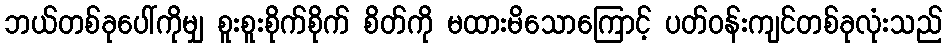
ဘယ်တစ်ခုပေါ်ကိုမျှ စူးစူးစိုက်စိုက် စိတ်ကို မထားမိသောကြောင့် ပတ်ဝန်းကျင်တစ်ခုလုံးသည်